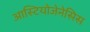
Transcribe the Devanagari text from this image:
आस्टियोजेनेसिस